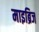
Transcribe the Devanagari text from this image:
माइब्रिज